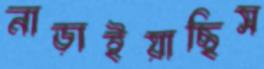
নাড়াইয়াছিস